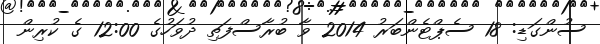
ސުންގަޑި: 18 ސެޕްޓެންބަރު 2014 ވާ ބުރާސްފަތި ދުވަހުގެ 12:00 ގެ ކުރިން